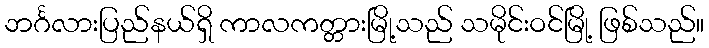
ဘင်္ဂလားပြည်နယ်ရှိ ကာလကတ္တားမြို့သည် သမိုင်းဝင်မြို့ ဖြစ်သည်။